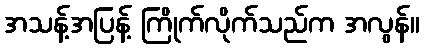
အသန့်အပြန့် ကြိုက်လိုက်သည်က အလွန်။